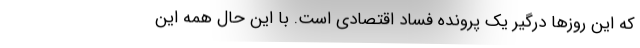
که این روزها درگیر یک پرونده فساد اقتصادی است. با این حال همه این